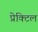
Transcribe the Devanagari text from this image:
प्रेक्टिल